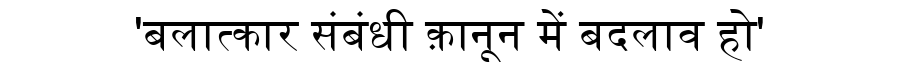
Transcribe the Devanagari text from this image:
'बलात्कार संबंधी क़ानून में बदलाव हो'